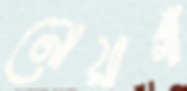
নোয়াগাঁ